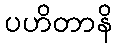
ပဟိတာနိ